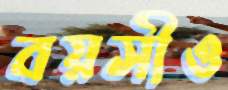
বয়সীও